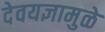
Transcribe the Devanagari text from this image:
देवयज्ञामुळे